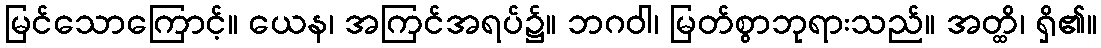
မြင်သောကြောင့်။ ယေန၊ အကြင်အရပ်၌။ ဘဂဝါ၊ မြတ်စွာဘုရားသည်။ အတ္ထိ၊ ရှိ၏။